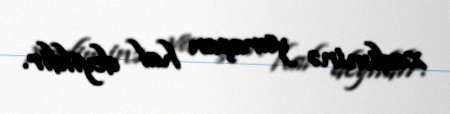
xadiminə yaraşan hal deyildir.